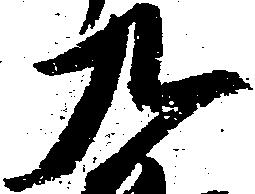
九